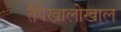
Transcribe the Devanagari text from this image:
तैपैखालोखाल